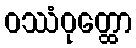
ဝဿံဝုတ္ထော